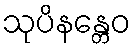
သုပိနန္တေဝ